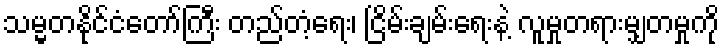
သမ္မတနိုင်ငံတော်ကြီး တည်တံ့ရေး၊ ငြိမ်းချမ်းရေးနဲ့ လူမှုတရားမျှတမှုကို